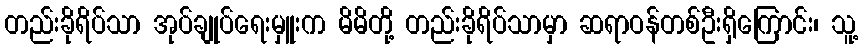
တည်းခိုရိပ်သာ အုပ်ချုပ်ရေးမှူးက မိမိတို့ တည်းခိုရိပ်သာမှာ ဆရာဝန်တစ်ဦးရှိကြောင်း၊ သူ့